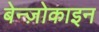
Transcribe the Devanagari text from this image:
बेन्ज़ोकाइन